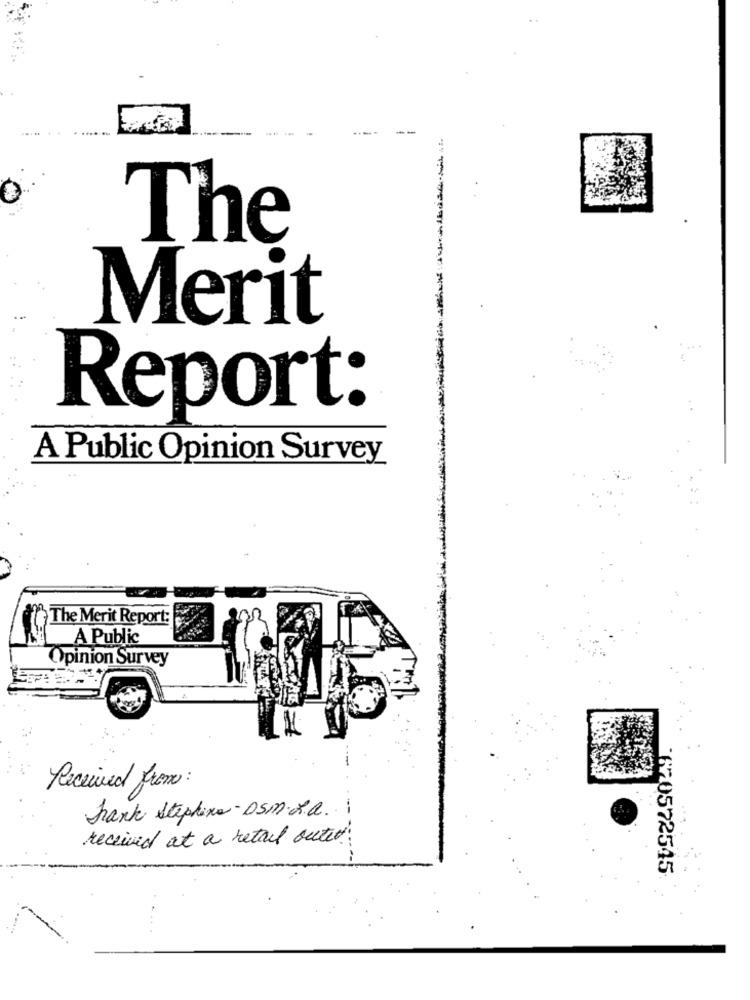
The
Merit
Report:
A Public Opinion Survey
The Merit Report:
A Public
Opinion Survey
Received from:
Frank Stephens -DSM. X.a. i
received at a retail outer
620572545